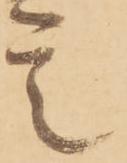
定